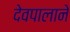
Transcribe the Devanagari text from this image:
देवपालाने